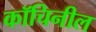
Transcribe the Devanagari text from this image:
कॉचिनील